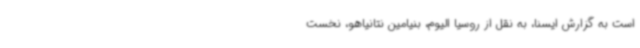
است به گزارش ایسنا، به نقل از روسیا الیوم، بنیامین نتانیاهو، نخست